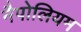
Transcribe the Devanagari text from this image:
नैपोलियम